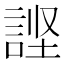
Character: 𰴹